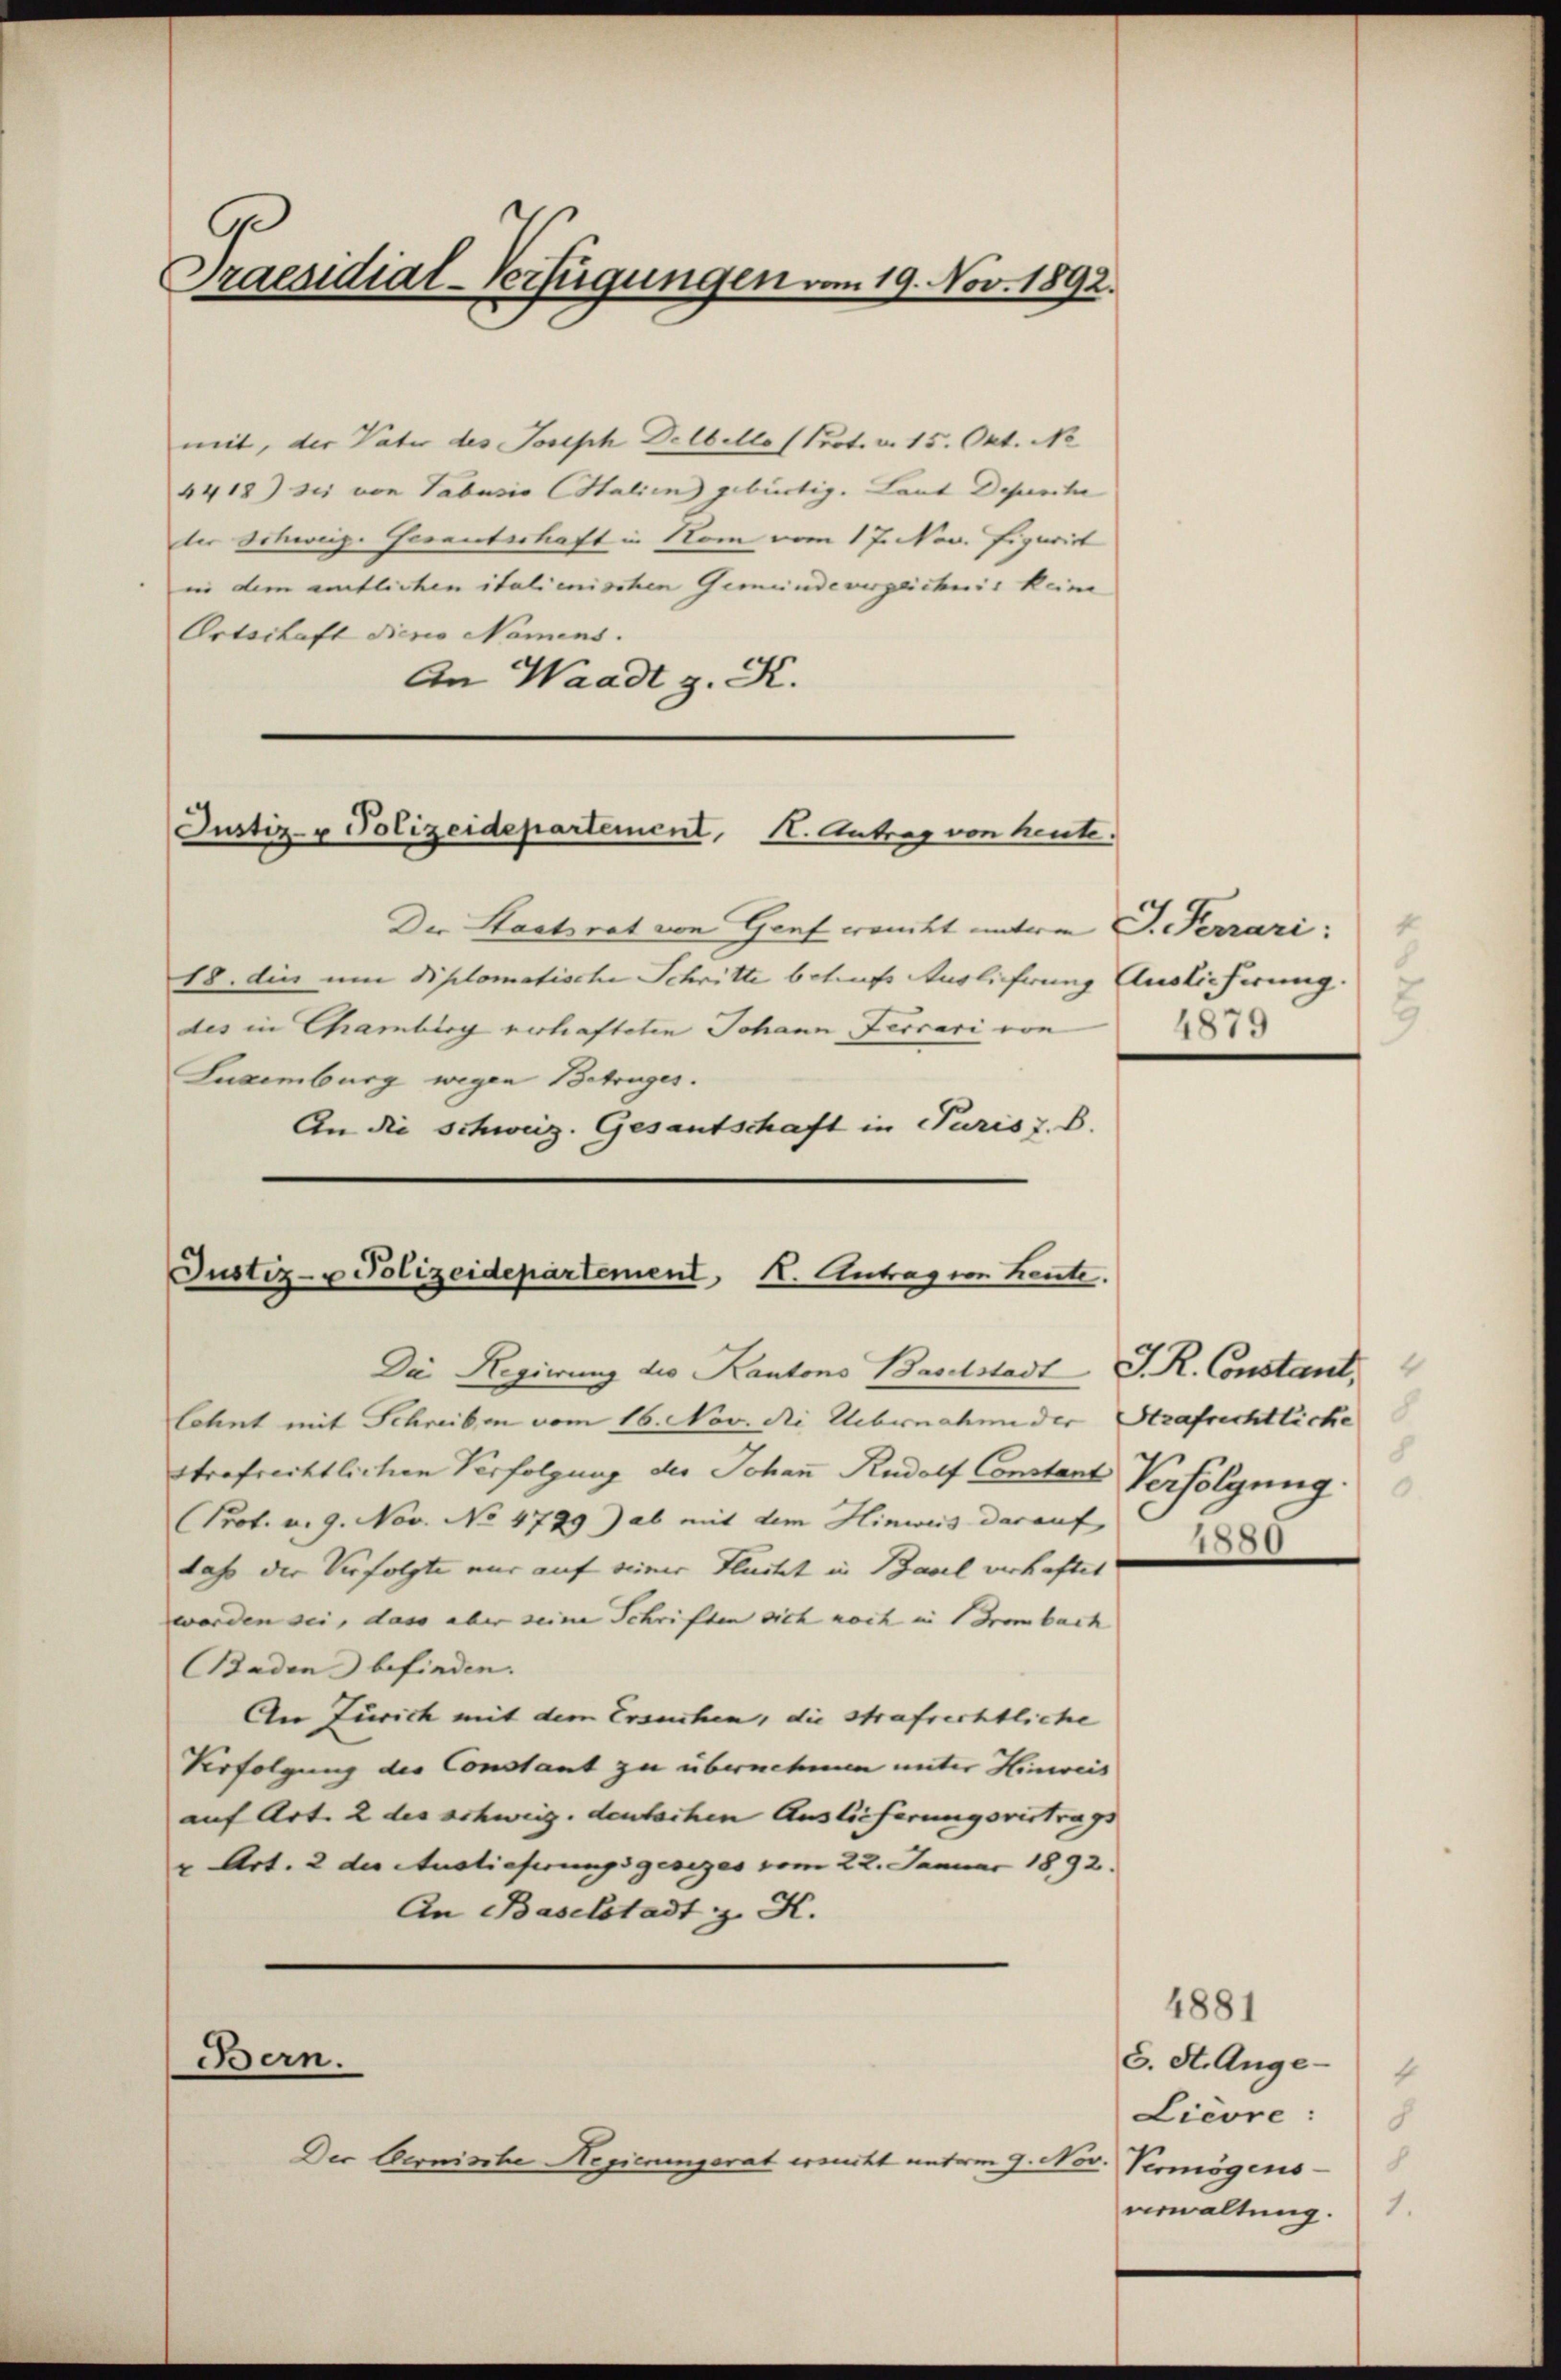
.
Praesidial-Verfügungen vom 19. Nov. 1892.

mit, der Vater des Joseph Delbelle (Prot. v. 15. Okt. No
4418) sei von Tabusio Italien gebürtig. Laut Depesche
der Schweiz. Geranterhaft in Rom vom 17. Nov. Figurirt
in dem amtlichen italienischen Gemeindevergeichnis keine
Ortschaft dieses Namens.
An Waadt z. K.

Justiz- u Polizeidepartement. 11. Antrag von heute.

Justiz- u Polizeidepartement, I. Antragion heute.
Die Regierung die Kantons Baselstadt J. R. Constant,

Der Staatsrat von Genf wanckt unterm 3. Ferrari;
18. die um diplomatische Schritte betrufs Auslicherung Auslieferung.
des in Chamberg verhafteten Johann Ferrari von
Luxenburg wegen Betruges.
An die Schweiz. Gesantschaft in Puris z. B.

lohnt mit Schreiben vom 16. Nov. die Uebernahme der Strafrichtliche
strafrechtlichen Verfolgung der Johann Rudolf Constant Verfolgung.
Prot. u. 9. Nov. No 4799) ab mit dem Hinweis darauf,
dass der Verfolgte nur auf seiner Fluchet in Basel verhaftet
worden sei, dass aber seine Schriften sich noch in Brombach
Baden befinden. |
An Zürich mit dem Ersuchen, die Strafrechtliche
Verfolgung des Constant zu übernehmen unter Hinweis
auf Art. 2 des schweig. deutschen Auslieferungsvertrags
" Art. 2 der Auslieferungsgesezes vom 22. Januar 1892.
An Baselstadt z. K.
Bern.
Der Obernische Regierungsrat ersucht unterm 9. Nov. Vermögens-

4
8
3
4879

8
1880

4881
8. St. Ange-
4
Lievre :
verwaltung.